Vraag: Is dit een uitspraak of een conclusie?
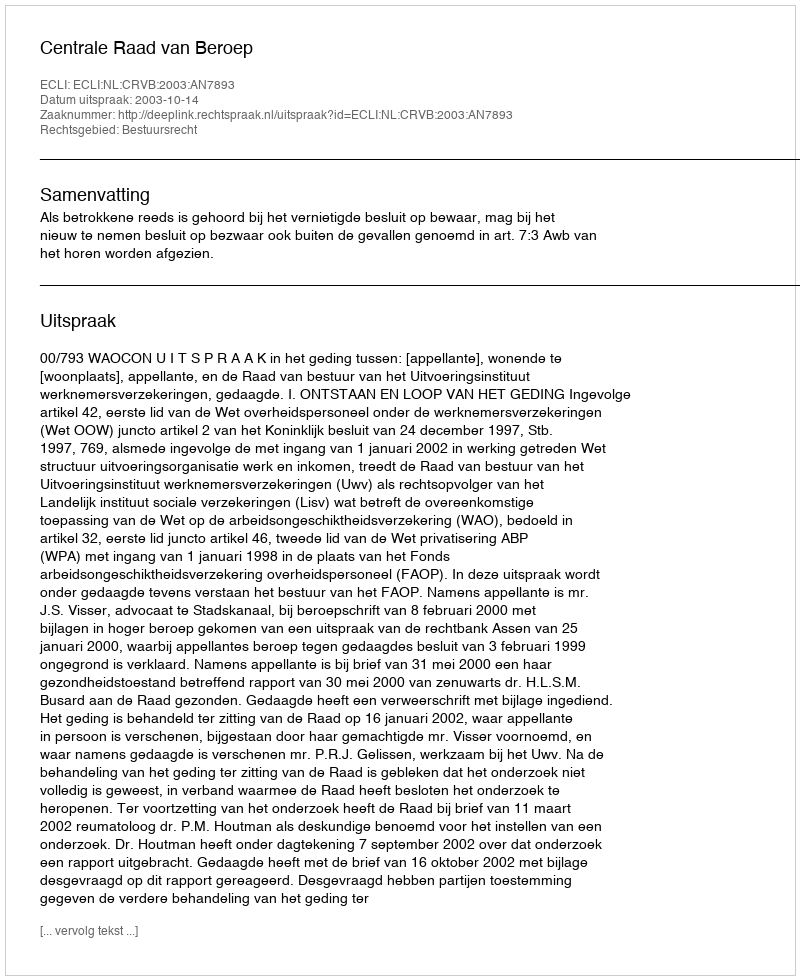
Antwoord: Uitspraak